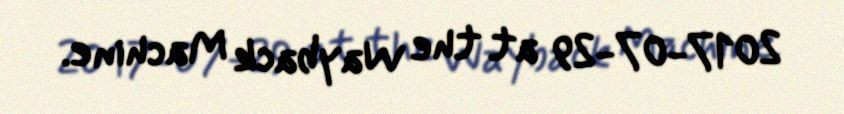
2017-07-29 at the Wayback Machine.